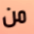
من